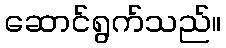
ဆောင်ရွက်သည်။